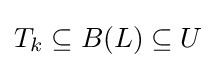
T_{k}\subseteq B(L)\subseteq U